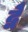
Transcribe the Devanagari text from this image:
द्वेै